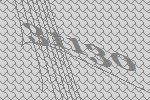
31130